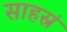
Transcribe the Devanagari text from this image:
साहस्रं